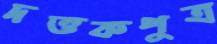
দত্তকপুত্র